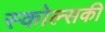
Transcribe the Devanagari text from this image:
स्कोल्सकी